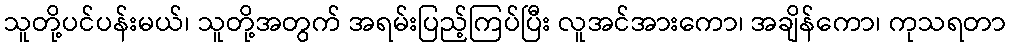
သူတို့ပင်ပန်းမယ်၊ သူတို့အတွက် အရမ်းပြည့်ကြပ်ပြီး လူအင်အားကော၊ အချိန်ကော၊ ကုသရတာ